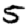
Digit: 5